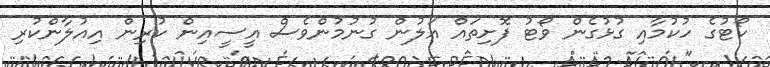
ކޯޓުގެ ހުކުމާއި ގުޅުގެން ވޯޓު ފޮށިތައް އަލުން ގުނުމުންވެސް އީސީއިން ކުރިން އިއުލާންކުރި